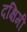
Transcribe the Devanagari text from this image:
दक्षिमी